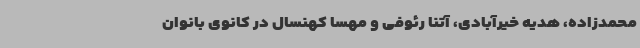
محمدزاده، هدیه خیرآبادی، آتنا رئوفی و مهسا کهنسال در کانوی بانوان